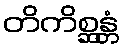
တိကိစ္ဆန္တံ